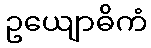
ဥယျောဓိကံ